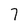
Character: 7